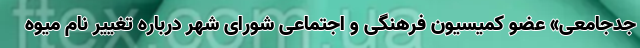
جدجامعی» عضو کمیسیون فرهنگی و اجتماعی شورای شهر درباره تغییر نام میوه